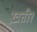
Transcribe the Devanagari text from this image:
ख़तीर